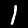
Label: 1